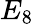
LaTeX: E_{8}